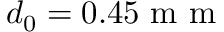
d _ { 0 } = 0 . 4 5 \mathrm { ~ m ~ m ~ }